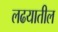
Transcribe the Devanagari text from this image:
लढयातील